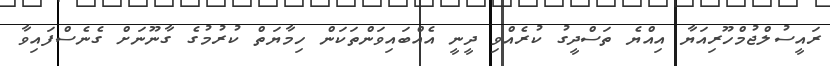
ރައީސުލްޖުމްހޫރިއަޔާ އިއްޔެ ތަސްދީގު ކުރެއްވި ދީނީ އެއްބައިވަންތަކަން ހިމާޔަތް ކުރުމުގެ ގާނޫނަށް ގެނެސްފައިވާ